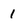
Character: 1